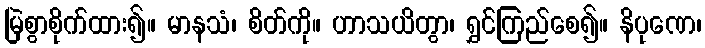
မြဲစွာစိုက်ထား၍။ မာနသံ၊ စိတ်ကို။ ဟာသယိတွာ၊ ရွှင်ကြည်စေ၍။ နိပုဏေ၊